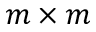
m \times m